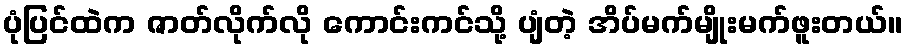
ပုံပြင်ထဲက ဇာတ်လိုက်လို ကောင်းကင်သို့ ပျံတဲ့ အိပ်မက်မျိုးမက်ဖူးတယ်။